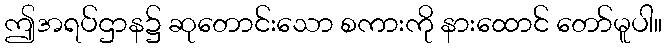
ဤအရပ်ဌာန၌ ဆုတောင်းသော စကားကို နားထောင် တော်မူပါ။